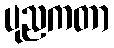
ပုညကတာ